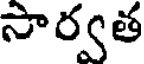
సార్వత